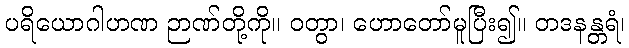
ပရိယောဂါဟဏ ဉာဏ်တို့ကို။ ဝတွာ၊ ဟောတော်မူပြီး၍။ တဒနန္တရံ၊